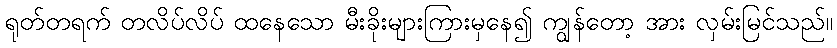
ရုတ်တရက် တလိပ်လိပ် ထနေသော မီးခိုးများကြားမှနေ၍ ကျွန်တော့ အား လှမ်းမြင်သည်။